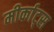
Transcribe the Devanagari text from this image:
मीर्काट्स